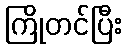
ကြိုတင်ပြီး